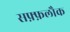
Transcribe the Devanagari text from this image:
सफ़्फ़लौक